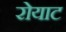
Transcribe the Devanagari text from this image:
रोयाट